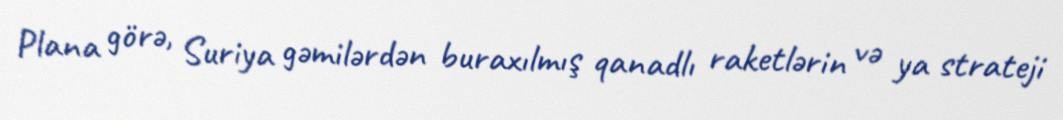
Plana görə, Suriya gəmilərdən buraxılmış qanadlı raketlərin və ya strateji